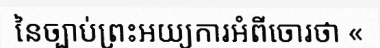
នៃច្បាប់ព្រះអយ្យការអំពីចោរថា «